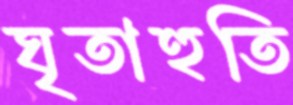
ঘৃতাহুতি